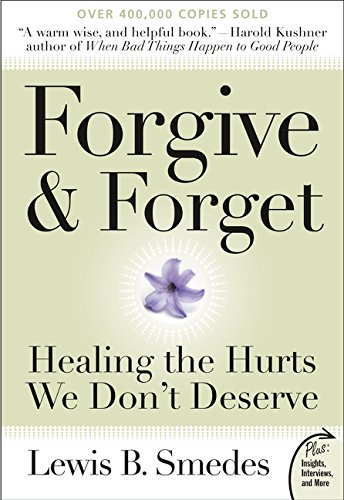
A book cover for Forgive and Forget: Healing the Hurts We Don't Deserve (Plus); Lewis B. Smedes; Religion & Spirituality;